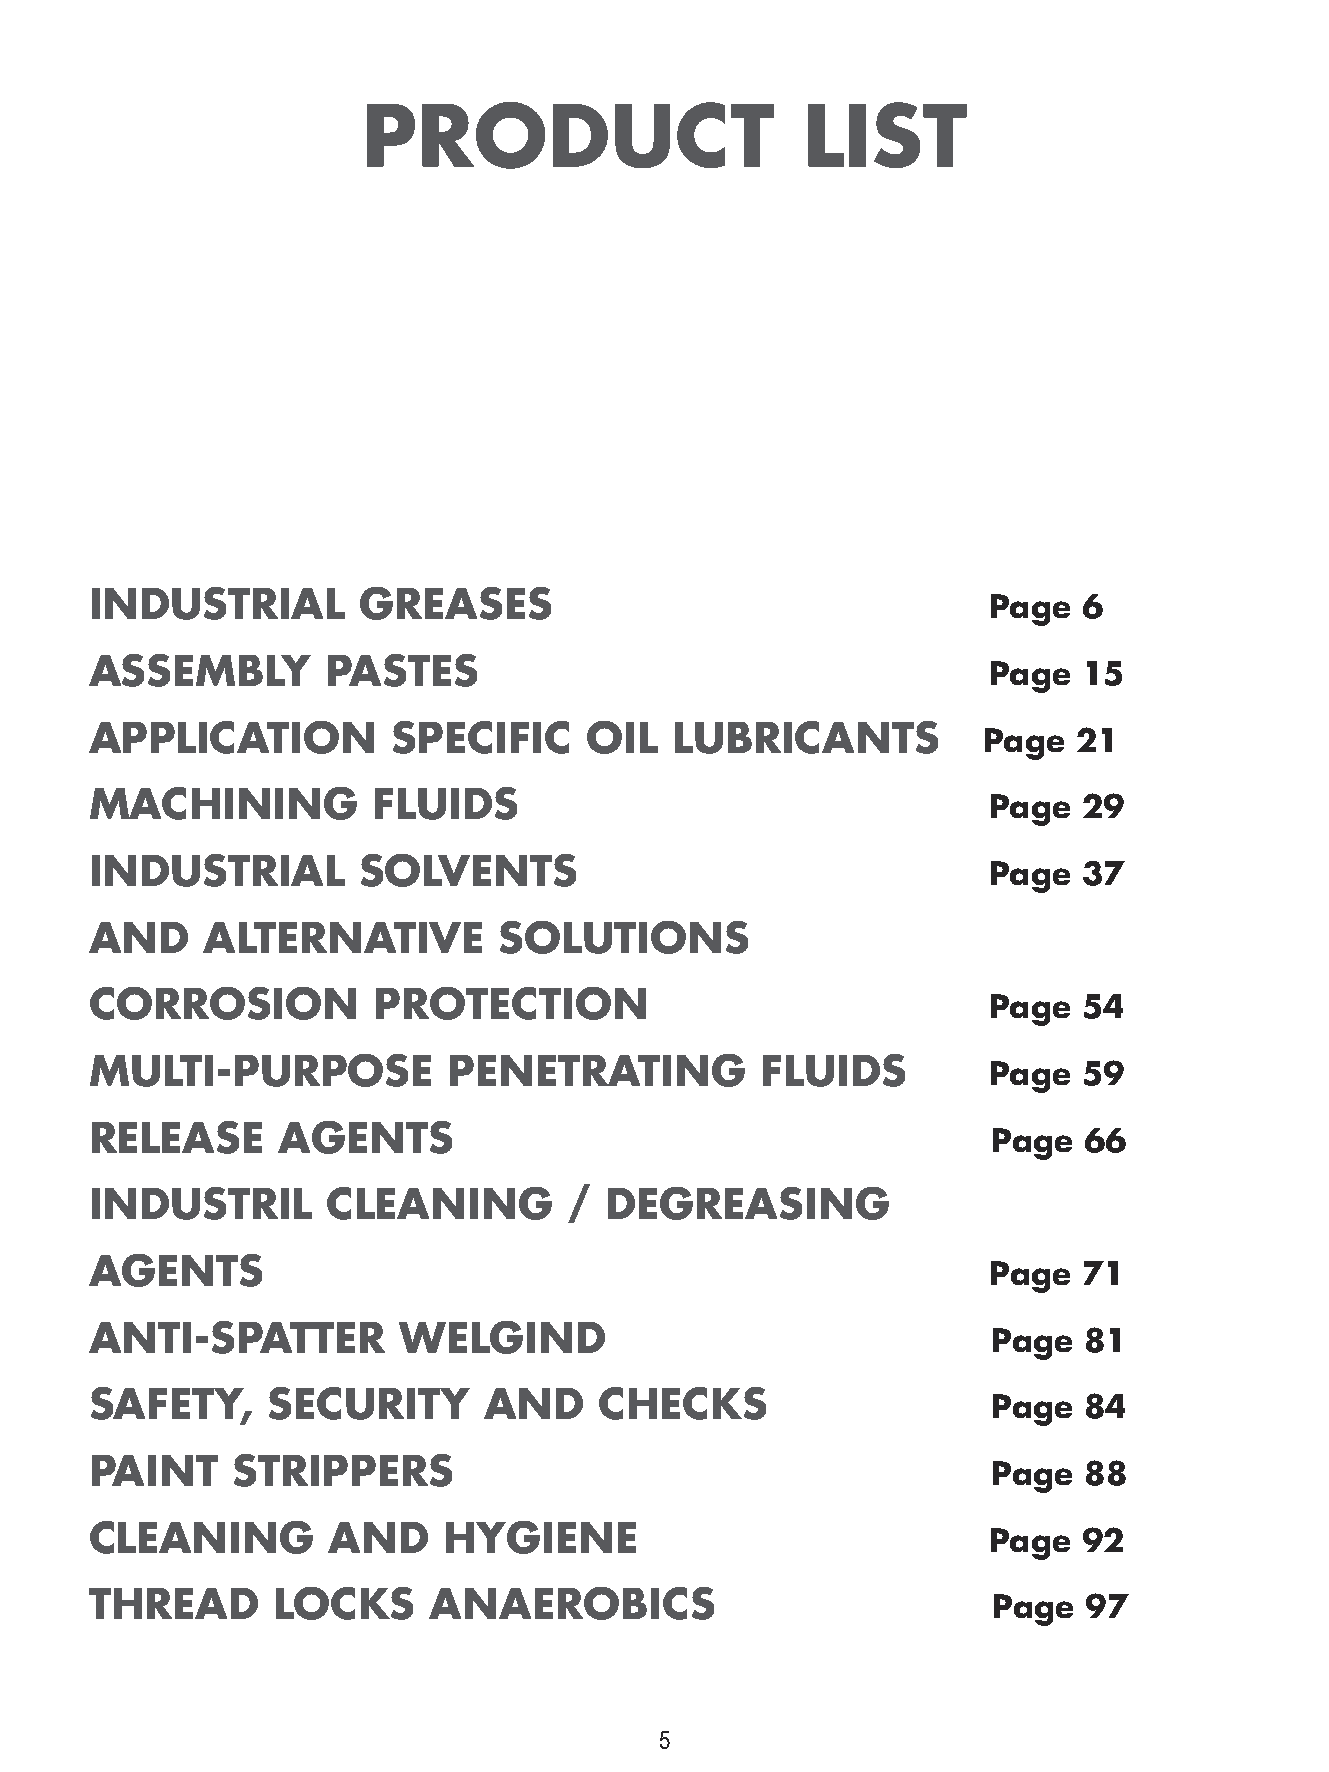
PRODUCT                      LIST
 INDUSTRIAL        GREASES
 Page   6
 ASSEMBLY        PASTES
 Page   15
 APPLICATION         SPECIFIC     OIL  LUBRICANTS
 Page  21
 MACHINING          FLUIDS
 Page   29
 INDUSTRIAL        SOLVENTS
 Page   37
 AND    ALTERNATIVE         SOLUTIONS
 CORROSION          PROTECTION
 Page   54
 MULTI-PURPOSE           PENETRATING         FLUIDS
 Page   59
 RELEASE     AGENTS
 Page  66
 INDUSTRIL       CLEANING        / DEGREASING
 AGENTS
 Page   71
 ANTI-SPATTER        WELGIND
 Page  81
 SAFETY,     SECURITY      AND     CHECKS
 Page  84
 PAINT    STRIPPERS
 Page  88
 CLEANING        AND    HYGIENE
 Page   92
 THREAD      LOCKS     ANAEROBICS
 Page  97
 5